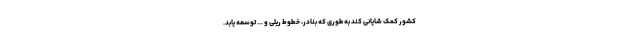
کشور کمک شایانی کند به طوری که بنادر، خطوط ریلی و ... توسعه یابد.